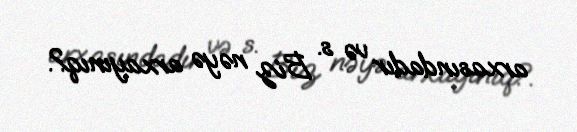
arxasındadır və s. Biz nəyə arxayınıq?.